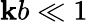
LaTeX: \mathbf{k}b\ll1